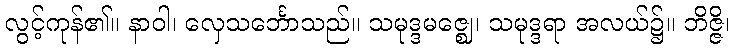
လွင့်ကုန်၏။ နာဝါ၊ လှေသင်္ဘောသည်။ သမုဒ္ဒမဇ္ဈေ၊ သမုဒ္ဒရာ အလယ်၌။ ဘိဇ္ဇိ၊